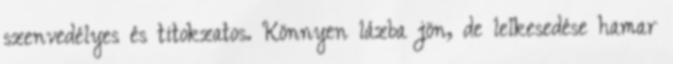
szenvedélyes és titokzatos. Könnyen lázba jön, de lelkesedése hamar